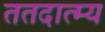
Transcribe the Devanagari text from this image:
ततदात्म्य